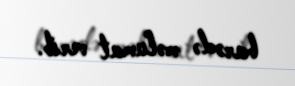
barədə məlumat verib.